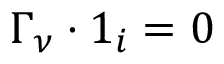
\boldsymbol { \Gamma } _ { \nu } \boldsymbol { \cdot } \boldsymbol { 1 } _ { i } = 0